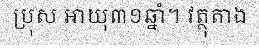
ប្រុស អាយុ៣១ឆ្នាំ។ វត្ថុតាង